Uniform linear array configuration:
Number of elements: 24
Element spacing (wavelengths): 0.5
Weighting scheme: cosine
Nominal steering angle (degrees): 30
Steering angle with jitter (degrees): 31.224
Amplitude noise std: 0.05
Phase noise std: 0.05

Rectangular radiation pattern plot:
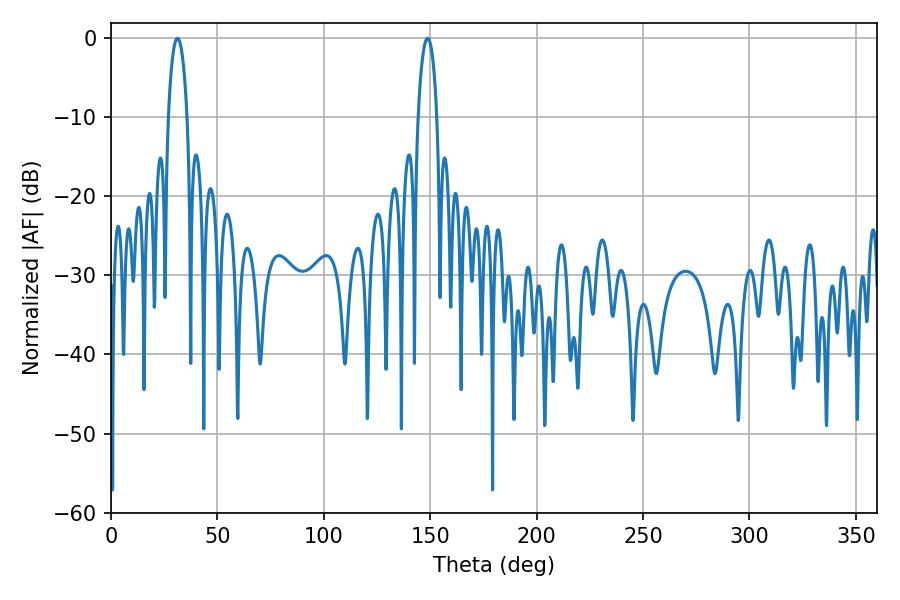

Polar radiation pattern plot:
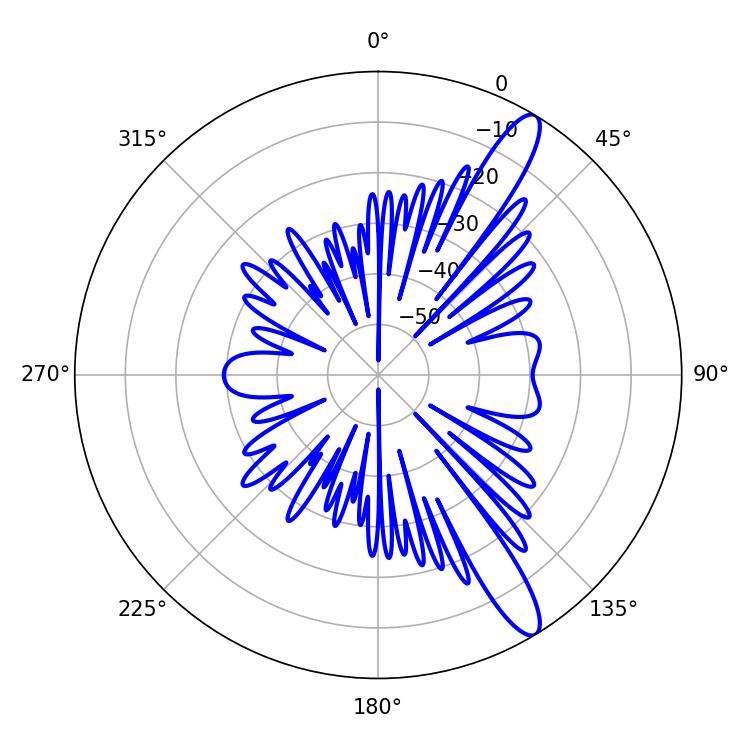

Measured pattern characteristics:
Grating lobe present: FALSE
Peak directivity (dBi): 12.926
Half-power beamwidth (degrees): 5.04
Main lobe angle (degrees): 31.14